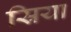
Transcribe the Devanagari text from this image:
स्रिया